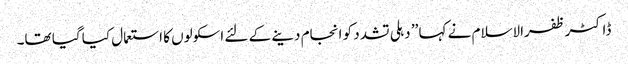
ڈاکٹر ظفرالاسلام نے کہا ’’ دہلی تشدد کو انجام دینے کے لئے اسکولوں کا استعمال کیا گیا تھا۔